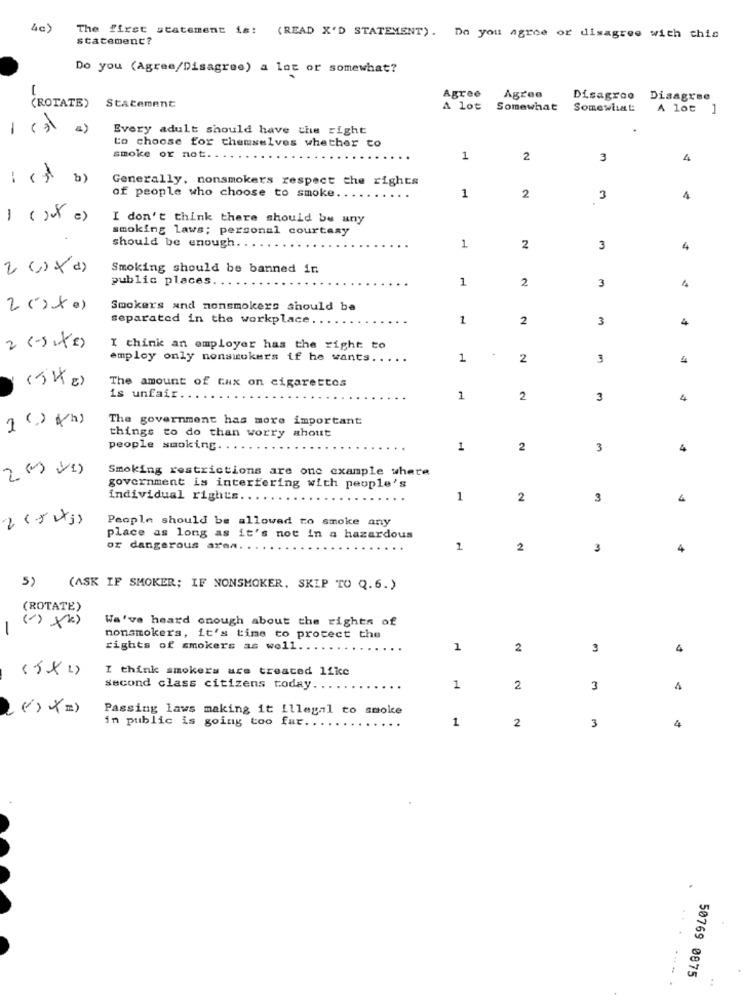
4c)
The first statement is: (READ X'D STATEMENT). Do you agree or disagree with chic
statement?
Do you (Agree/Disagree) a lot of somewhat?
-
Agree
Agree
Disagree
Disagree
(ROTATE)
Statement
A lot
Somewhat
Somewhat:
A lot ]
-
Every adult should have the right
Lo choose for themselves whether to
smoke or not.
1
2
3
4
b)
Generally, nonsmokers respect the rights
of people who choose to smoke.
1
2
3
4
1 ( )ut =)
I don't think there should be any
smoking laws; personal courtesy
should be enough.
1
2
3
4
2 ()xd)
Smoking should be banned in
public places
1
2
3
Smokers and nonsmokers should be
separated in the workplace.
1
2
3
4
I think an employer has the right to
employ only nonsmokers if he wants ..
1
2
3
4
The amount of tax on cigarettes
(5Kg)
is unfair
1
2
3
4
1 () KM)
The government has more important
things to do than worry about
people smoking
1
2
3
4
Smoking restrictions are one example where
government is interfering with people's
individual rights.
1
2
3
4
2 (5 1;)
People should be allowed to smoke any
place as long as it's not in a hazardous
or dangerous aren. .
2
3
4
5)
(ASK IF SMOKER; IF NONSMOKER. SKIP TO Q. 6. )
(ROTATE)
(1) (k)
We've heard enough about the rights of
-
nonsmokers, it's time to protect the
rights of smokers as well.
...
1
2
3
4
I think smokers are treated like
second class citizens today.
1
2
3
4
Passing laws making it Illegal to smoke
in public is going too far ..
1
2
3
4
50769 0875